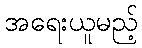
အရေးယူမည့်